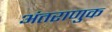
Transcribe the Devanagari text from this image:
अंतराणुक